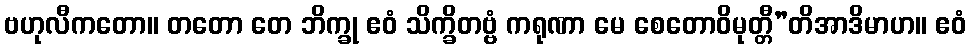
ဗဟုလီကတော။ တတော တေ ဘိက္ခု ဧဝံ သိက္ခိတဗ္ဗံ ကရုဏာ မေ စေတောဝိမုတ္တီ”တိအာဒိမာဟ။ ဧဝံ